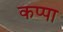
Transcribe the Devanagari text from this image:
कप्‍पा